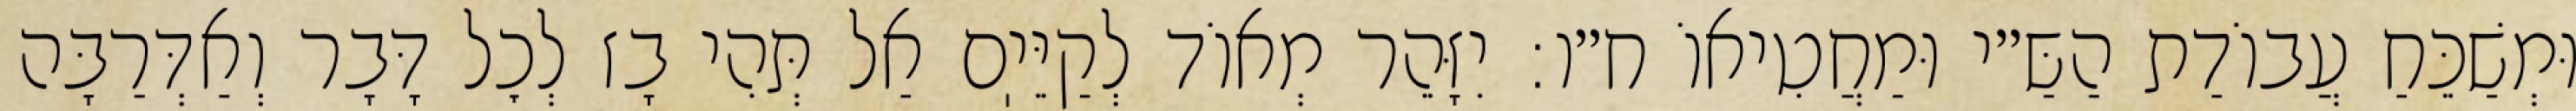
וּמְשַׁכֵּחַ עֲבוֹדַת הַשַּ״י וּמַחֲטִיאוֹ ח״ו: יִזָּהֵר מְאוֹד לְקַיֵּיֽם אַל תְּהִי בָז לְכׇל דָּבָר וְאַדְּרַבָּה